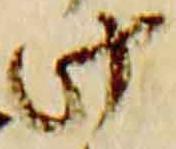
此